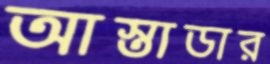
আস্তাডার